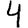
Digit: 4